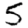
Digit: 5